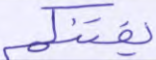
يفتنكم